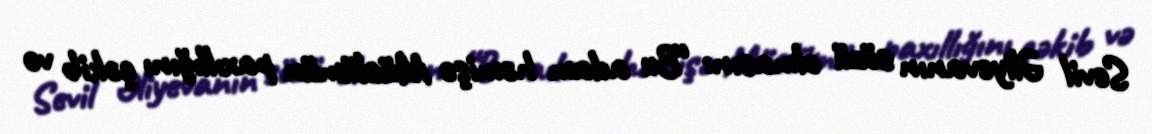
Sevil Əliyevanın sözü olmasın: “Bu adam həmişə Müslümün paxıllığını çəkib və